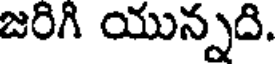
జరిగి యున్నది.